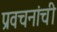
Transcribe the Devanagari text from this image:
प्रवचनांची